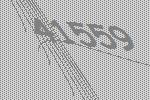
41559